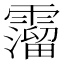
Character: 𩆎